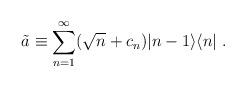
LaTeX: \begin{align*}\tilde{a}\equiv\sum_{n=1}^{\infty}(\sqrt{n}+c_n)|n-1\rangle\langle n|\;.\end{align*}